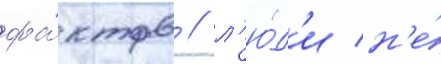
фа́ктов / л'ю́д'и н'е́